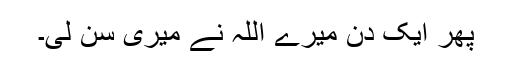
پھر ایک دن میرے اللہ نے میری سن لی۔